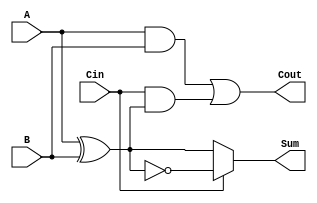
module CSFA (
    input wire A,       // First input bit
    input wire B,       // Second input bit
    input wire Cin,     // Carry-in bit
    output wire Sum,    // Resulting sum bit
    output wire Cout    // Carry-out bit
);

    wire AB_XOR;       // Intermediate signal for A XOR B
    wire AB_AND;       // Intermediate signal for A AND B
    wire Cin_AB_XOR;   // Intermediate signal for Cin AND (A XOR B)

    // Compute A XOR B
    assign AB_XOR = A ^ B;

    // Compute A AND B
    assign AB_AND = A & B;

    // Compute Cin AND (A XOR B)
    assign Cin_AB_XOR = Cin & AB_XOR;

    // Compute the Sum
    assign Sum = (Cin == 1'b0) ? AB_XOR : ~AB_XOR;

    // Compute the Carry-out
    assign Cout = AB_AND | Cin_AB_XOR;

endmodule